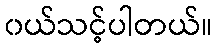
၀ယ်သင့်ပါတယ်။